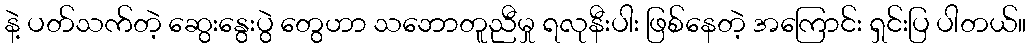
နဲ့ ပတ်သက်တဲ့ ဆွေးနွေးပွဲ တွေဟာ သဘောတူညီမှု ရလုနီးပါး ဖြစ်နေတဲ့ အကြောင်း ရှင်းပြ ပါတယ်။